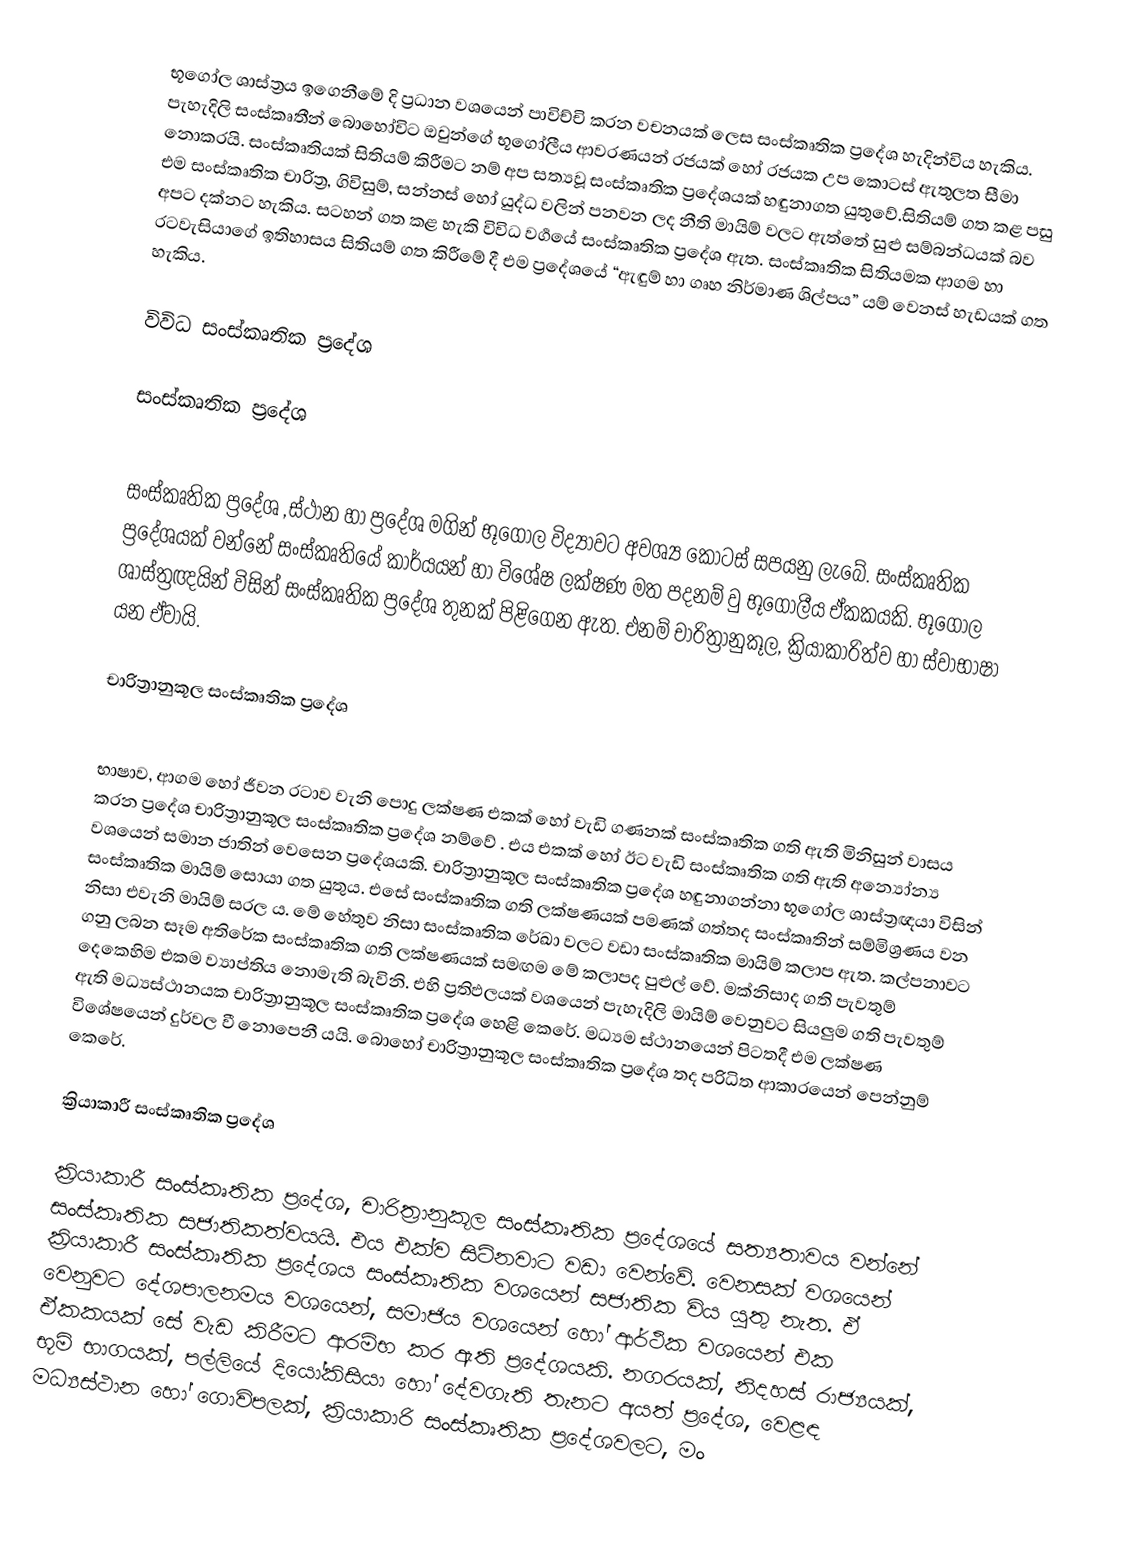
භූගෝල ශාස්ත්‍රය ඉගෙනීමේ දි ප්‍රධාන වශයෙන් පාවිච්චි කරන වචනයක් ලෙස සංස්කෘතික ප්‍රදේශ හැදින්විය හැකිය. පැහැදිලි සංස්කෘතීන් බොහෝවිට ඔවුන්ගේ භූගෝලීය ආවරණයන් රජයක්  හෝ රජයක උප කොටස් ඇතුලත සීමා නොකරයි. සංස්කෘතියක් සිතියම් කිරීමට නම් අප සත්‍යවූ සංස්කෘතික ප්‍රදේශයක් හඳුනාගත යුතුවේ.සිතියම් ගත කළ පසු එම සංස්කෘතික චාරිත්‍ර, ගිවිසුම්, සන්නස් ‍හෝ යුද්ධ වලින් පනවන  ලද නීති මායිම් වලට ඇත්තේ සුළු සම්බන්ධයක් බව අපට දක්නට හැකිය. සටහන් ගත කළ හැකි විවිධ වර්‍ගයේ සංස්කෘතික ප්‍රදේශ ඇත. සංස්කෘතික සිතියමක ආගම හා ර‍ටවැසියාගේ ඉතිහාසය සිතියම් ගත කිරීමේ දී එම ප්‍රදේශයේ “ඇඳුම් හා ගෘහ නිර්මාණ ශිල්පය” යම් වෙනස් හැඩයක් ගත හැකිය.

විවිධ සංස්කෘතික ප්‍රදේශ

සංස්කෘතික ප්‍රදේශ

සංස්කෘතික ප්‍රදේශ ,ස්ථාන හා ප්‍රදේශ මගින් භූගෝල විද්‍යාවට  අවශ්‍ය කොටස් සපයනු ලැබේ. සංස්කෘතික ප්‍රදේශයක් වන්නේ සංස්කෘතියේ කාර්යයන් හා විශේෂ ලක්ෂණ මත පදනම් වු භූ‍‍ගෝලීය  ඒකකයකි. භූගෝල ශාස්ත්‍රඥයින් විසින් සංස්කෘතික ප්‍රදේශ තුනක් පිළිගෙන ඇත. එනම් චාරිත්‍රානුකූල, ක්‍රියාකාරිත්ව හා ස්වාභාෂා යන ඒවායි.

චාරිත්‍රානුකූල සංස්කෘතික ප්‍ර‍දේශ

භාෂාව, ආගම හෝ ජීවන රටාව වැනි පොදු ලක්ෂණ එකක් හෝ වැඩි ගණනක් සංස්කෘතික ගති ඇති මිනිසුන් වාසය කරන ප්‍රදේශ චාරිත්‍රානුකූල සංස්කෘතික ප්‍ර‍දේශ නම්වේ . එය එකක් හෝ ඊට වැඩි සංස්කෘතික ගති ඇති අන්‍යෝන්‍ය  වශයෙන්  සමාන ජාතින් වෙසෙන ප්‍රදේශයකි. චාරිත්‍රානුකූල  සංස්කෘතික ප්‍ර‍දේශ හඳුනාගන්නා භූගෝල  ශාස්ත්‍රඥයා විසින්  සංස්කෘතික මායිම් සොයා ගත යුතුය.  එසේ සංස්කෘතික ගති ලක්ෂණයක් පමණක් ගත්තද සංස්කෘතින් සම්මිශ්‍රණය වන නිසා එවැනි මායිම් සරල ය. මේ ‍හේතුව  නිසා සංස්කෘතික රේඛා වලට වඩා  සංස්කෘතික මායිම් කලාප ඇත. කල්පනාවට ගනු ලබන සෑම අතිරේක සංස්කෘතික ගති ලක්ෂණයක් සමඟම මේ කලාපද පුළුල් වේ. මක්නිසාද ගති පැවතුම් දෙකෙහිම එකම  ව්‍යාප්තිය නොමැති බැවිනි. එහි ප්‍රතිඵලයක් වශයෙන් පැහැදිලි මායිම් වෙනුවට සියලුම ගති පැවතුම් ඇති මධ්‍යස්ථානයක චාරිත්‍රානුකූල සංස්කෘතික ප්‍රදේශ හෙළි කෙරේ. ‍මධ්‍යම ස්ථානයෙන් පිටතදී එම ලක්ෂණ විශේෂයෙන් දුර්වල වී නොපෙනී යයි. බොහෝ චාරිත්‍රානුකූල  සංස්කෘතික ප්‍රදේශ තද පරිධිත ආකාරයෙන් පෙන්නුම් කෙරේ.

ක්‍රියාකාරී සංස්කෘතික ප්‍රදේශ

ක්‍රියාකාරී සංස්කෘතික ප්‍රදේශ, චාරිත්‍රානුකූල සංස්කෘතික ප්‍රදේශයේ සත්‍යතාවය වන්නේ සංස්කෘතික සජාතිකත්වයයි. එය එක්ව සිටිනවාට වඩා වෙන්වේ. වෙනසක් වශයෙන් ක්‍රියාකාරී සංස්කෘතික ප්‍රදේශය සංස්කෘතික වශයෙන් සජාතික විය යුතු නැත. ඒ වෙනුවට ‍දේශපාලනමය වශයෙන්, සමාජිය වශයෙන් ‍හෝ ආර්ථික වශයෙන්  එක ඒකකයක් සේ වැඩ කිරීමට ආරම්භ කර ඇති ප්‍රදේශයකි. නගරයක්, නිදහස් රාජ්‍යයක්, භූමි භාගයක්, පල්ලියේ දියෝකිසියා හෝ ‍දේ‍වගැති තැනට අයත් ප්‍රදේශ, වෙළඳ මධ්‍යස්ථාන හෝ ගොවිපලක්,  ක්‍රියාකාරි සංස්කෘතික ප්‍රදේශවලට, මං